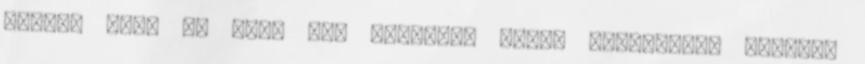
igény? Peti és Kati egy munkanap végén színházban voltak,